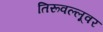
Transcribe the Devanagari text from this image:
तिरूवल्लूवर